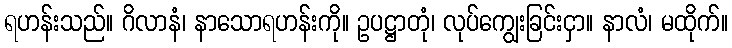
ရဟန်းသည်။ ဂိလာနံ၊ နာသောရဟန်းကို။ ဥပဋ္ဌာတုံ၊ လုပ်ကျွေးခြင်းငှာ။ နာလံ၊ မထိုက်။